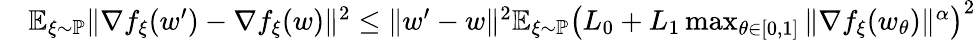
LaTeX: \begin{array}{rl}&{\mathbb{E}_{\xi\sim\mathbb{P}}\| \nabla f_{\xi}(w^{\prime})-\nabla f_{\xi}(w)\| ^{2}\le\| w^{\prime}-w\| ^{2}\mathbb{E}_{\xi\sim\mathbb{P}}\big(L_{0}+L_{1}\operatorname*{max}_{\theta\in[0,1]}\| \nabla f_{\xi}(w_{\theta})\| ^{\alpha}\big)^{2}}\end{array}